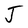
Character: J